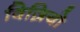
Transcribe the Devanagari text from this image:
विज़ियो